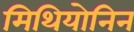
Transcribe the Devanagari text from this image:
मिथियोनिन